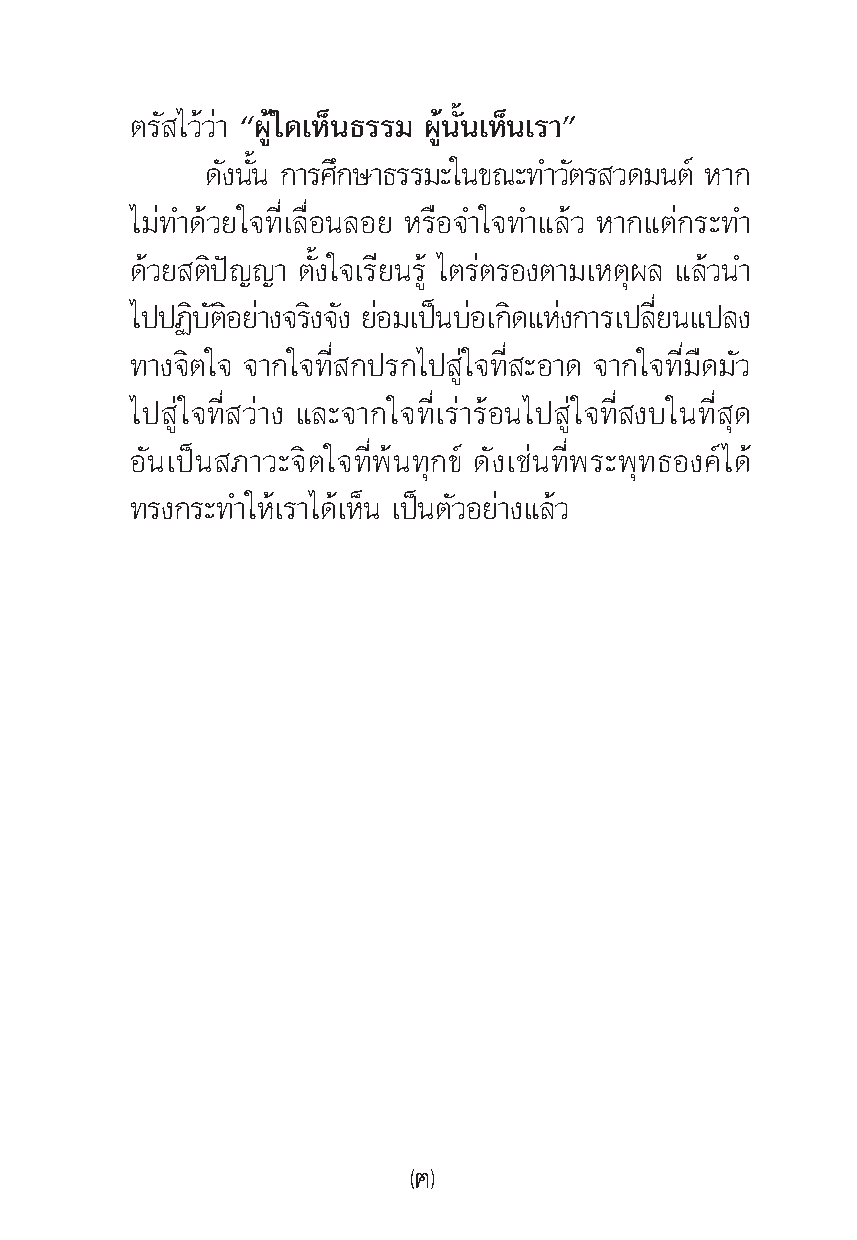
μ√— ‰«â«à“ çºŸâ„¥‡ÀÁπ∏√√¡ ºŸâπ—Èπ‡ÀÁπ‡√“é
 ¥—ßππ—È °“√»°÷ …“∏√√¡–„π¢≥–∑”«μ— √ «¥¡πμå À“°
 ‰¡à∑”¥â«¬„®∑Ë’‡≈Ë◊Õπ≈Õ¬ À√◊Õ®”„®∑”·≈â« À“°·μà°√–∑”
 ¥â«¬ μ‘ªí≠≠“ μ—Èß„®‡√’¬π√Ÿâ ‰μ√àμ√Õßμ“¡‡Àμÿº≈ ·≈â«π”
 ‰ªªØ∫‘ μ— Õ‘ ¬“à ß®√ß‘ ®ß— ¬Õà ¡‡ªπì ∫Õà ‡°¥‘ ·Àßà °“√‡ª≈¬’Ë π·ª≈ß
 ∑“ß®‘μ„® ®“°„®∑’Ë °ª√°‰ª Ÿà„®∑’Ë –Õ“¥ ®“°„®∑’Ë¡◊¥¡—«
 ‰ª Ÿà„®∑’Ë «à“ß ·≈–®“°„®∑’Ë‡√à“√âÕπ‰ª Ÿà„®∑’Ë ß∫„π∑’Ë ÿ¥
 Õ—π‡ªìπ ¿“«–®‘μ„®∑Ë’æâπ∑ÿ°¢å ¥—ß‡™àπ∑Ë’æ√–æÿ∑∏Õß§å‰¥â
 ∑√ß°√–∑”„Àâ‡√“‰¥â‡ÀÁπ ‡ªìπμ—«Õ¬à“ß·≈â«
 ( )